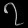
Digit: ၇